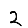
Digit: 2